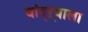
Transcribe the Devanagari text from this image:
वांद्‌ऱ्याला